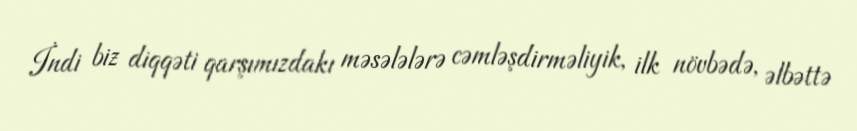
İndi biz diqqəti qarşımızdakı məsələlərə cəmləşdirməliyik, ilk növbədə, əlbəttə